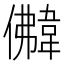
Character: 𩎵